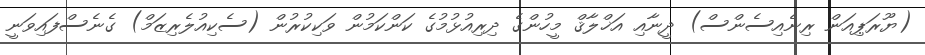
(ޔޫރަޕިއަން ރިނެއިސެންސް) ދީނާއި އަޚްލާޤް މީހުންގެ ދިރިއުޅުމުގެ ކަންކަމުން ވަކިކުރުން (ސެކިއުލެރިޒަމް) ގެނެސްފައިވަނީ